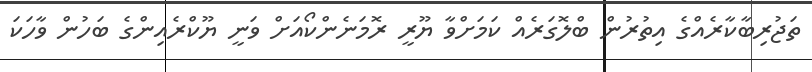
ތަޖުރިބާކާރެއްގެ އިތުރުން ބްލޮގަރެއް ކަމަށްވާ ޔޫރީ ރޮމަނެންކޯއަށް ވަނީ ޔޫކްރެއިންގެ ބަހުން ވާހަކަ